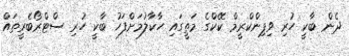
ދެން ބާކީ ހުރި ވިޕިންކްރީމް ކޭކްގެ މަތީގައި ހާކާލުމަށްފަހު ބާކީ ހުރި ސްޓްރޯބެރީތައް